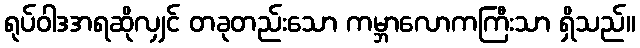
ရုပ်ဝါဒအရဆိုလျှင် တခုတည်းသော ကမ္ဘာလောကကြီးသာ ရှိသည်။